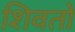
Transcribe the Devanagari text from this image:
शिवतो